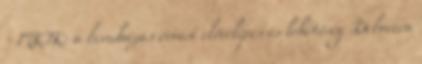
- MKIK: a beruházás óriási előrelépés és lehetőség Debrecen